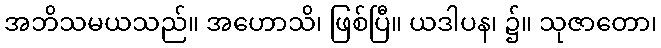
အဘိသမယသည်။ အဟောသိ၊ ဖြစ်ပြီ။ ယဒါပန၊ ၌။ သုဇာတော၊